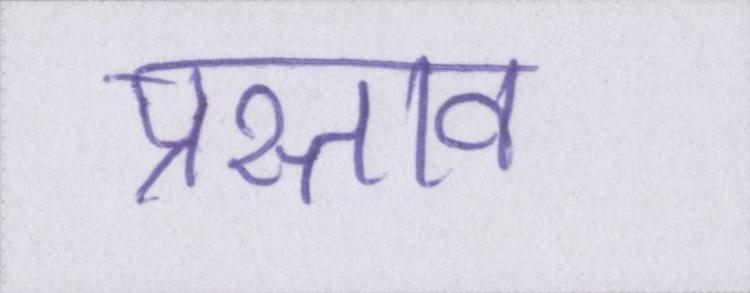
प्रस्ताव